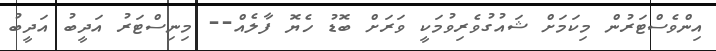
އިންވެސްޓަރުން މިކަމަށް ޝައުުގުވެރިވުމަކީ ވަރަށް ބޮޑު ހެޔޮ ފާލެއް-- މިނިސްޓަރު އަދީބު އަދީބު